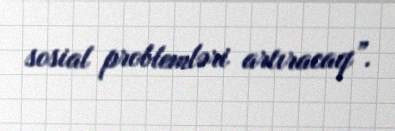
sosial problemləri artıracaq”.